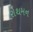
રોથમન